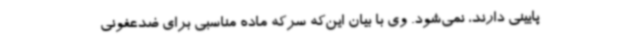
پایینی دارند، نمی‌شود. وی با بیان این‌که سرکه ماده مناسبی برای ضدعفونی